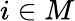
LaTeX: i\in M